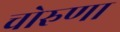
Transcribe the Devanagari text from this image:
चोरुणा